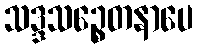
သဒ္ဒသဉ္စေတနာပေ